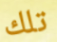
تلك